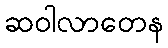
ဆဝါလာတေန